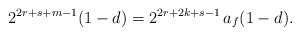
\begin{align*}2^{2r+s+m-1}(1-d) = 2^{2r+2k+s-1}\,a_f (1-d).\end{align*}